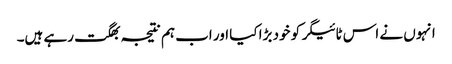
انہوں نے اس ٹائیگر کو خود بڑا کیا اور اب ہم نتیجہ بھگت رہے ہیں۔